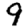
Digit: 9